Jaan_Tonisson_(Lasteleht), lk 166
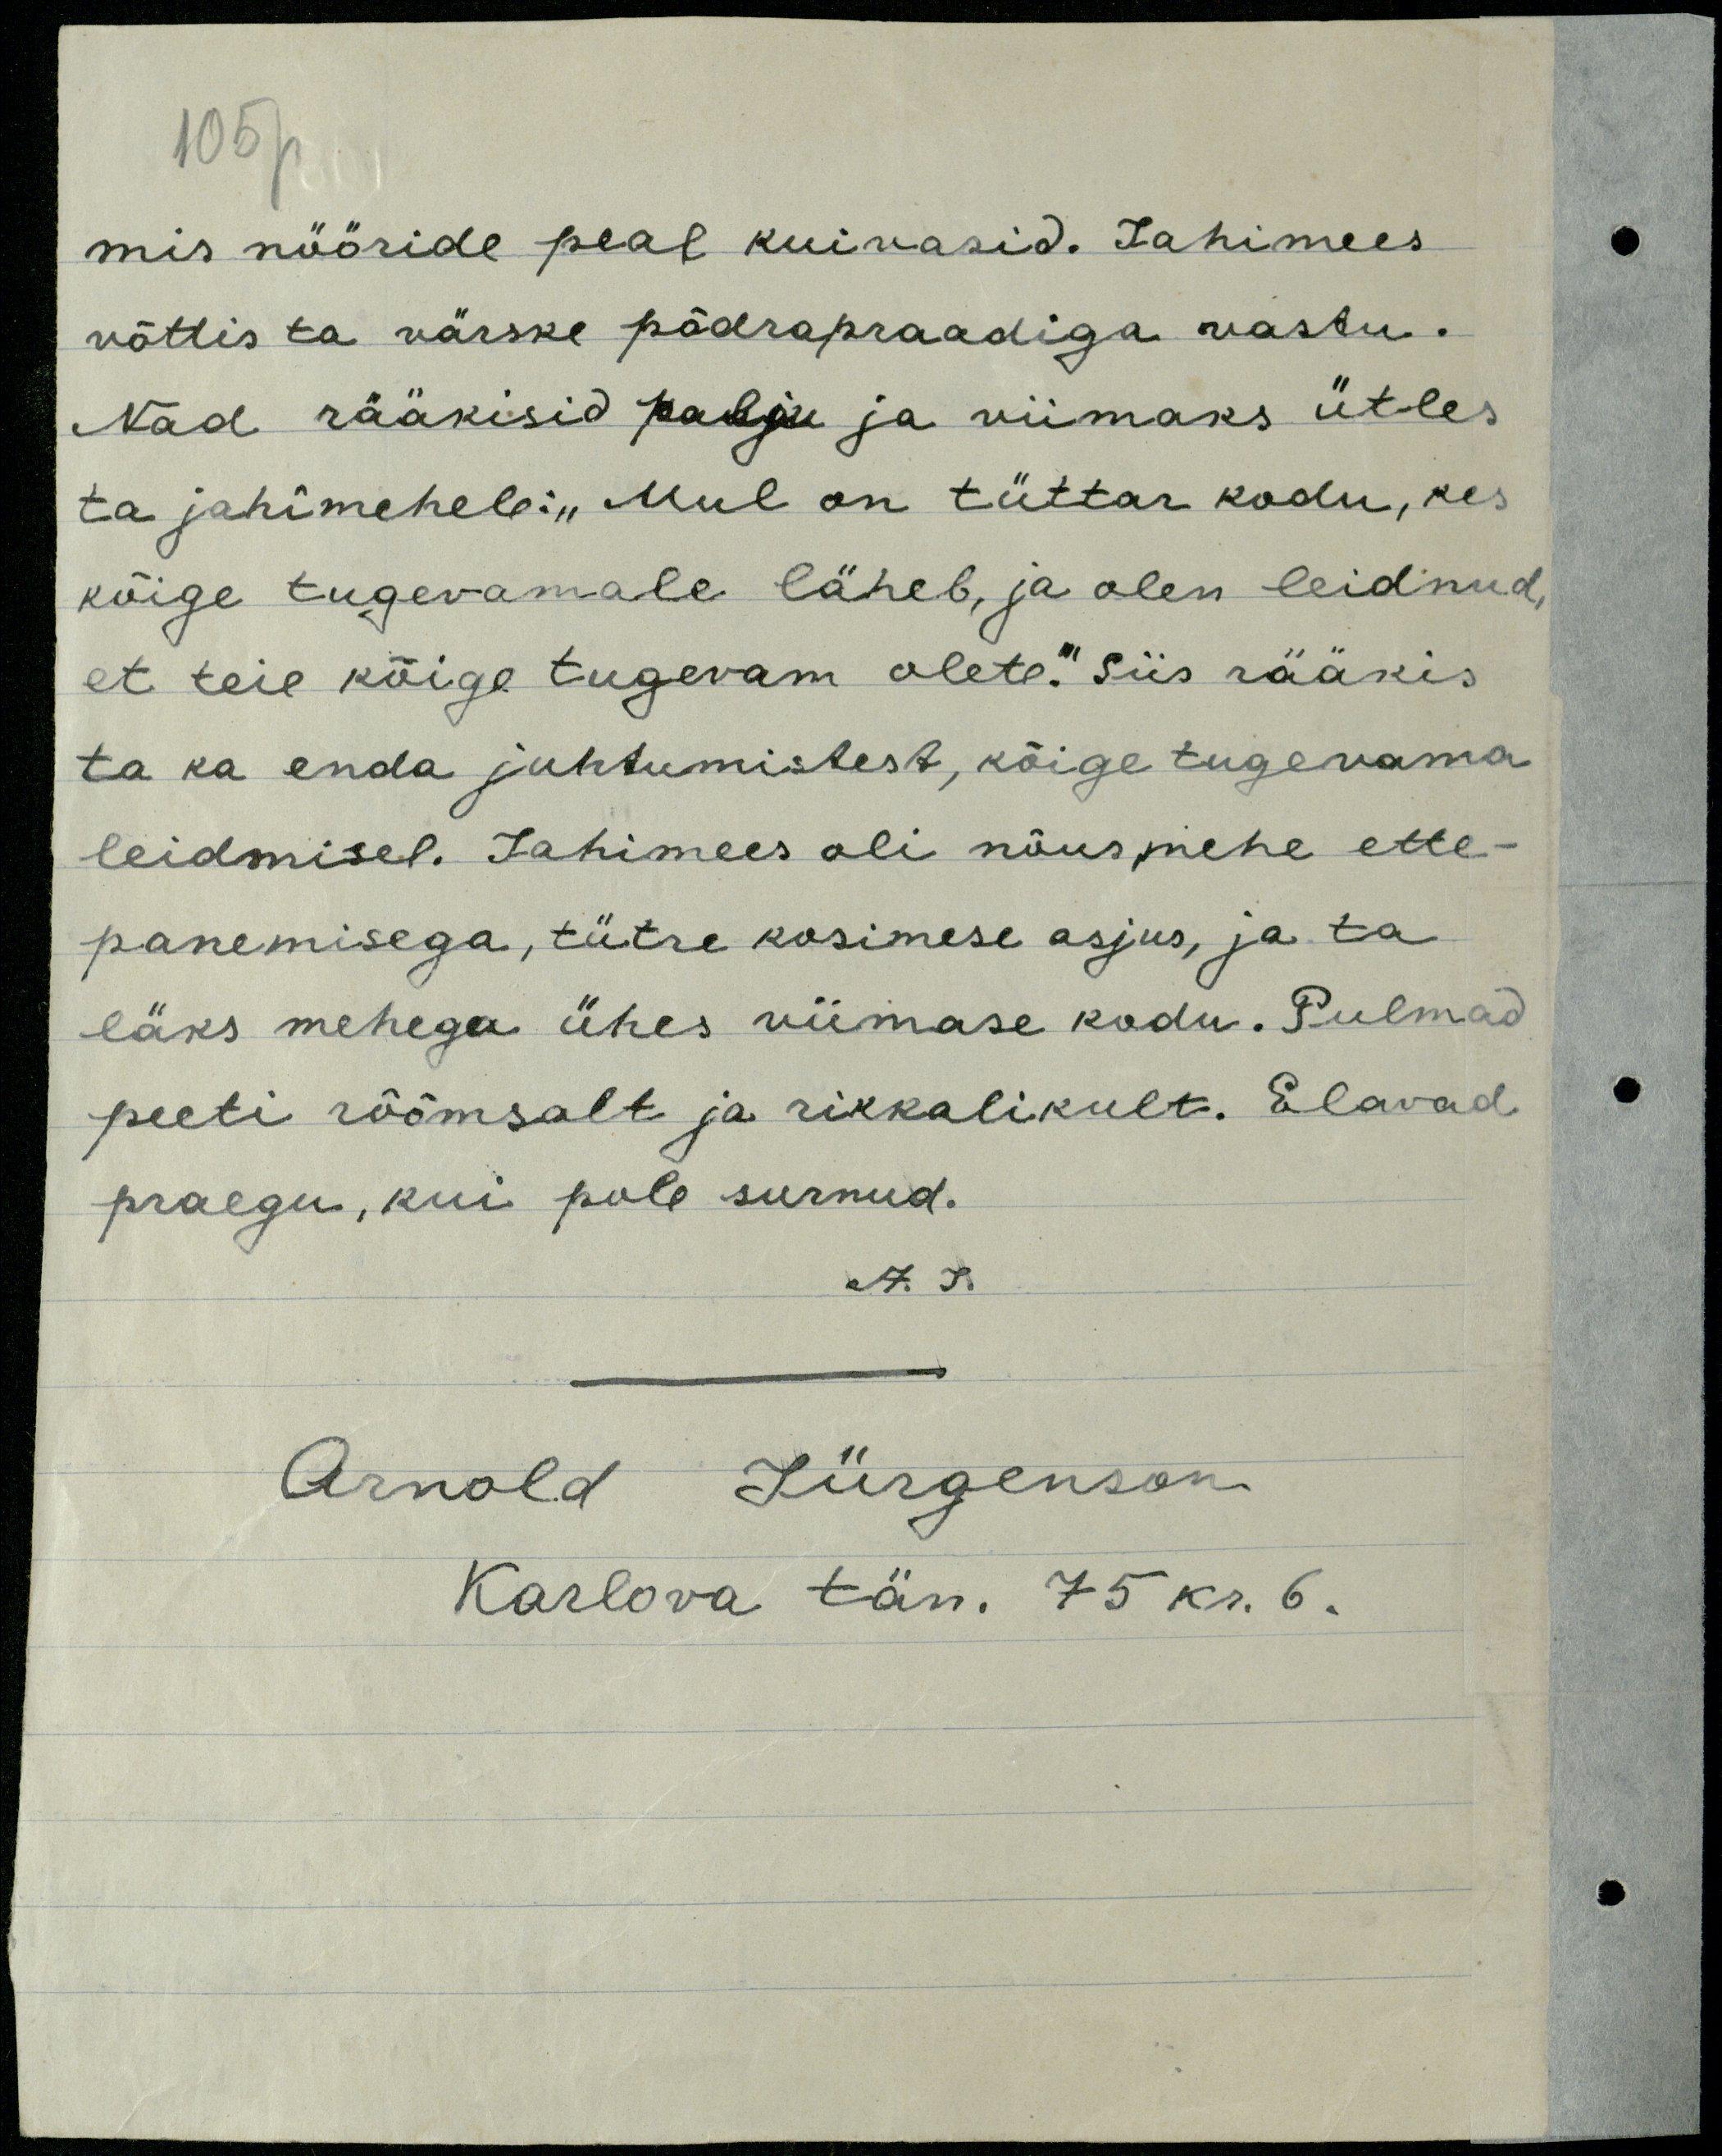
105p
mis nööride peal kuivasid. Jahimees
võttis ta värske põdrapraadiga vastu.
Nad rääkisid palju ja viimaks ütles
ta jahimehele: "Mul on tüttar kodu, kes
kõige tugevamale läheb, ja olen leidnud,
et teie kõige tugevam olete." Siis rääkis
ta ka enda juhtumistest, kõige tugevama
leidmisel. Jahimees oli nõus mehe ette-
panemisega, tütre kosimese asjus, ja ta
läks mehega ühes viimase kodu. Pulmad
peeti rõõmsalt ja rikkalikult. Elavad
praegu, kui pole surnud.
A. J.
Arnold Jürgenson.
Karlova tän. 75 kr. 6.